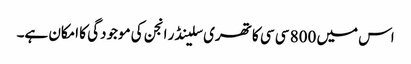
اس میں 800 سی سی کا تھری سلینڈر انجن کی موجودگی کا امکان ہے۔